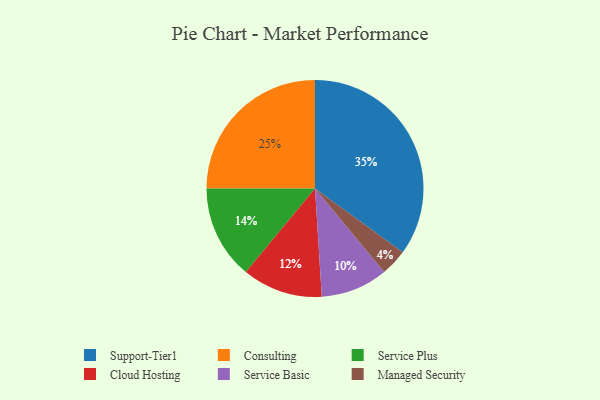
{"axis": {"x": "Category", "y": "Percentage"}, "legend": ["Cloud Hosting", "Consulting", "Managed Security", "Service Basic", "Service Plus", "Support-Tier1"], "data": [{"x": "Consulting", "y": 25, "type": "Consulting"}, {"x": "Service Basic", "y": 10, "type": "Service Basic"}, {"x": "Cloud Hosting", "y": 12, "type": "Cloud Hosting"}, {"x": "Support-Tier1", "y": 35, "type": "Support-Tier1"}, {"x": "Service Plus", "y": 14, "type": "Service Plus"}, {"x": "Managed Security", "y": 4, "type": "Managed Security"}]}